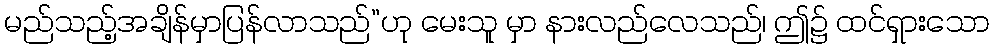
မည်သည့်အချိန်မှာပြန်လာသည်”ဟု မေးသူ မှာ နားလည်လေသည်၊ ဤ၌ ထင်ရှားသော